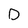
Character: D